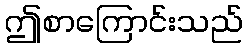
ဤစာကြောင်းသည်